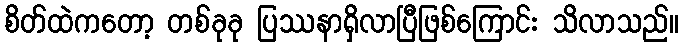
စိတ်ထဲကတော့ တစ်ခုခု ပြဿနာရှိလာပြီဖြစ်ကြောင်း သိလာသည်။